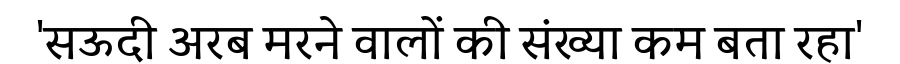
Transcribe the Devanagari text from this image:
'सऊदी अरब मरने वालों की संख्या कम बता रहा'